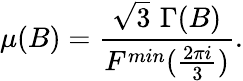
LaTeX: \mu(B)=\frac{\sqrt{3}\, \, \Gamma(B)}{F^{min}(\frac{2\pi i}{3})}.